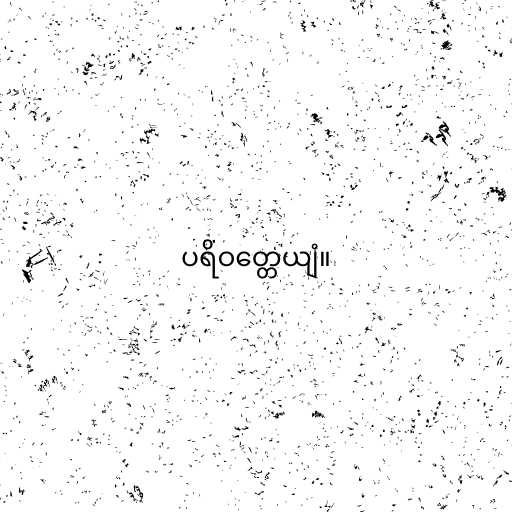
ပရိဝတ္တေယျံ။